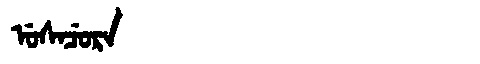
Manchu: ᡠᠰᠠᠴᡠᡵᠠ
Romanization: USACURA